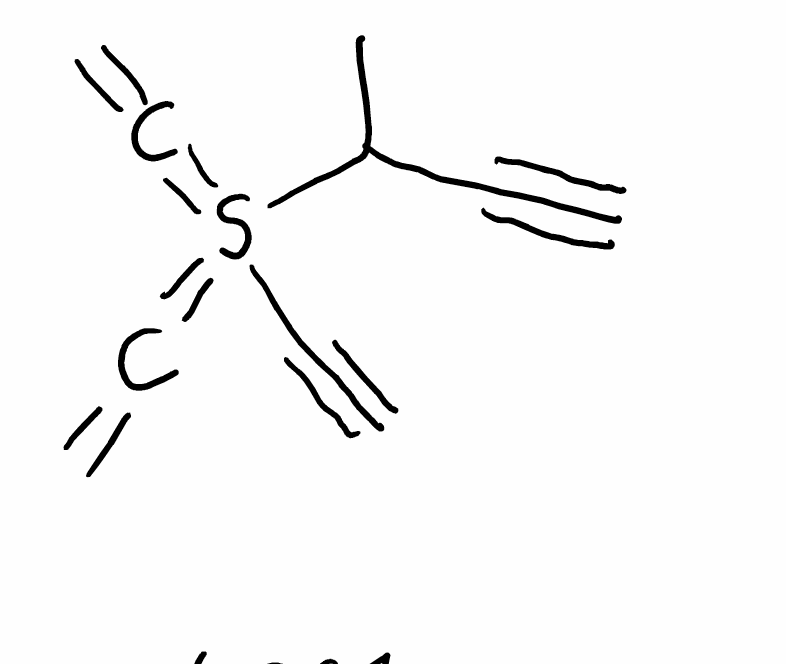
Simplified molecular-input line-entry system (SMILES) notation of the given molecule:
CC(C#C)S(=C=C)(=C=C)C#C